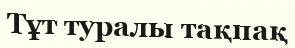
Тұт туралы тақпақ